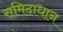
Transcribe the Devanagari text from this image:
समिदाधान